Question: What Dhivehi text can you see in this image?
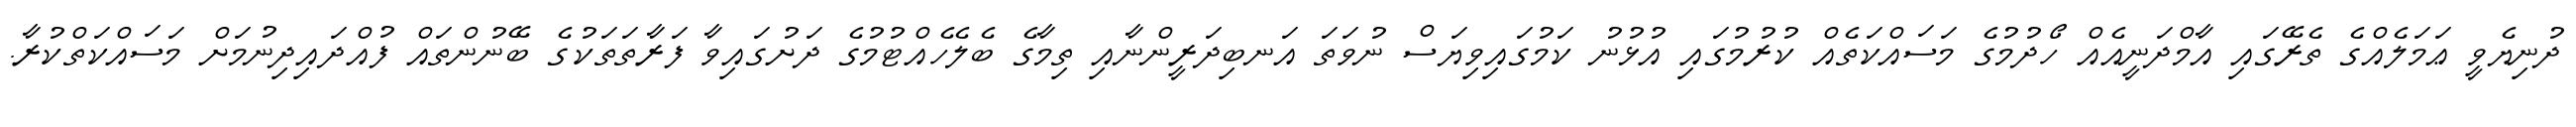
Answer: ދުނިޔެވީ ޢަމަލެއްގެ ތެރޭގައި އާމްދަނީއެއް ހޯދުމުގެ މަސައްކަތެއް ކުރުމުގައި އުޅުނު ކަމުގައިވިޔަސް ނުވަތަ އަނބިދަރީންނާއި ތިމާގެ ބެލެހެއްޓުމުގެ ދަށުގައިވާ ފަރާތަތަކުގެ ބޭނުންތައް ފުއްދައިދިނުމަށް މަސައްކަތްކުރާ.